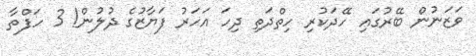
ވަޒަނުން ބޭރުގައި ހޭދަކުރި ހިތްދަތި ދިހަ އަހަރު ފަޔާޒުގެ ދުލުން! 3 ހަފްތާ